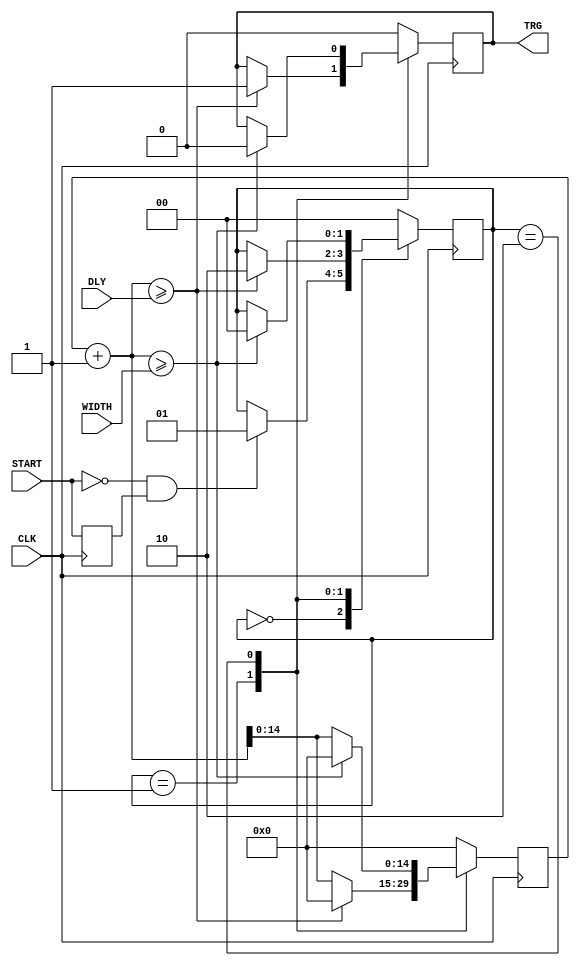
module NGENTRG(
    input CLK,
    input START,
    input [COUNTSIZE-1:0] DLY,
    input [COUNTSIZE-1:0] WIDTH,
    output reg TRG
    );

    parameter COUNTSIZE = 15;

    parameter WAIT_STATE = 2'b00;
    parameter TRIGGED_STATE = 2'b01;
    parameter SHAPING_STATE = 2'b10;


    reg [COUNTSIZE-1:0] COUNTER;
    reg START_OLD;
    reg [1:0] STATE;

    always @(posedge CLK) begin
        //register START signal
        START_OLD <= START;

        //logic
        case (STATE)
            WAIT_STATE: begin
                COUNTER <= 0;
                TRG <= 1'b0;
                if(~START & START_OLD) begin
                    STATE <= TRIGGED_STATE;
                end
            end
            TRIGGED_STATE: begin
                if(COUNTER+1 >= DLY) begin
                    STATE <= SHAPING_STATE;
                    COUNTER <= 0;
                    TRG <= 1'b1;
                end else begin
                    COUNTER <= COUNTER+1;
                end
            end
            SHAPING_STATE: begin
                if(COUNTER+1 >= WIDTH) begin
                    STATE <= WAIT_STATE;
                    COUNTER <= 0;
                    TRG <= 1'b0;
                end else begin
                    COUNTER <= COUNTER+1;
                end
            end
            default: begin
                STATE <= WAIT_STATE;
                COUNTER <= 0;
                TRG <= 1'b0;
            end
        endcase
    end

endmodule